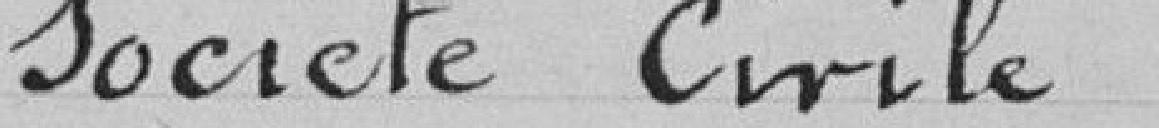
Société Civile "